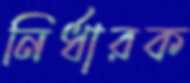
নির্ধারক